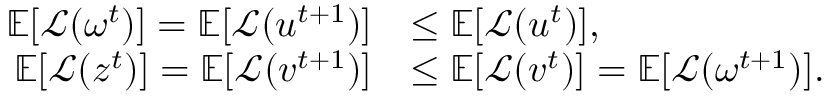
\begin{array} { r l } { \mathbb { E } [ \mathcal { L } ( \omega ^ { t } ) ] = \mathbb { E } [ \mathcal { L } ( u ^ { t + 1 } ) ] } & { \leq \mathbb { E } [ \mathcal { L } ( u ^ { t } ) ] , } \\ { \mathbb { E } [ \mathcal { L } ( z ^ { t } ) ] = \mathbb { E } [ \mathcal { L } ( v ^ { t + 1 } ) ] } & { \leq \mathbb { E } [ \mathcal { L } ( v ^ { t } ) ] = \mathbb { E } [ \mathcal { L } ( \omega ^ { t + 1 } ) ] . } \end{array}